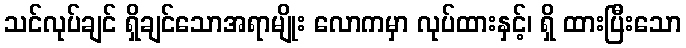
သင်လုပ်ချင် ရှိချင်သောအရာမျိုး လောကမှာ လုပ်ထားနှင့်၊ ရှိ ထားပြီးသော